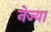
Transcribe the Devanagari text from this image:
नेज्या